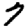
Digit: 7